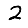
Digit: 2